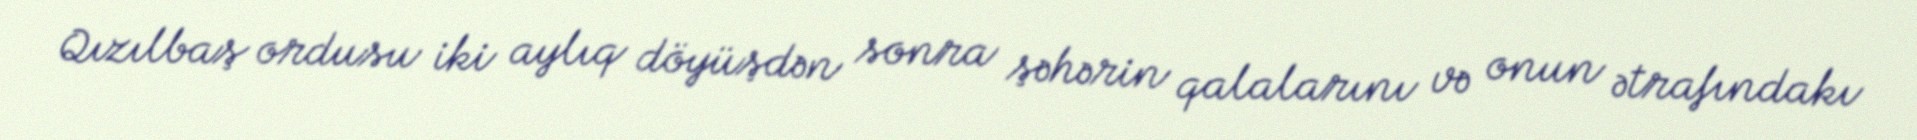
Qızılbaş ordusu iki aylıq döyüşdən sonra şəhərin qalalarını və onun ətrafındakı